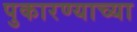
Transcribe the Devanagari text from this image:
पुकारण्याच्या